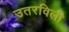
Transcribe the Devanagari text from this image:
उतरविली